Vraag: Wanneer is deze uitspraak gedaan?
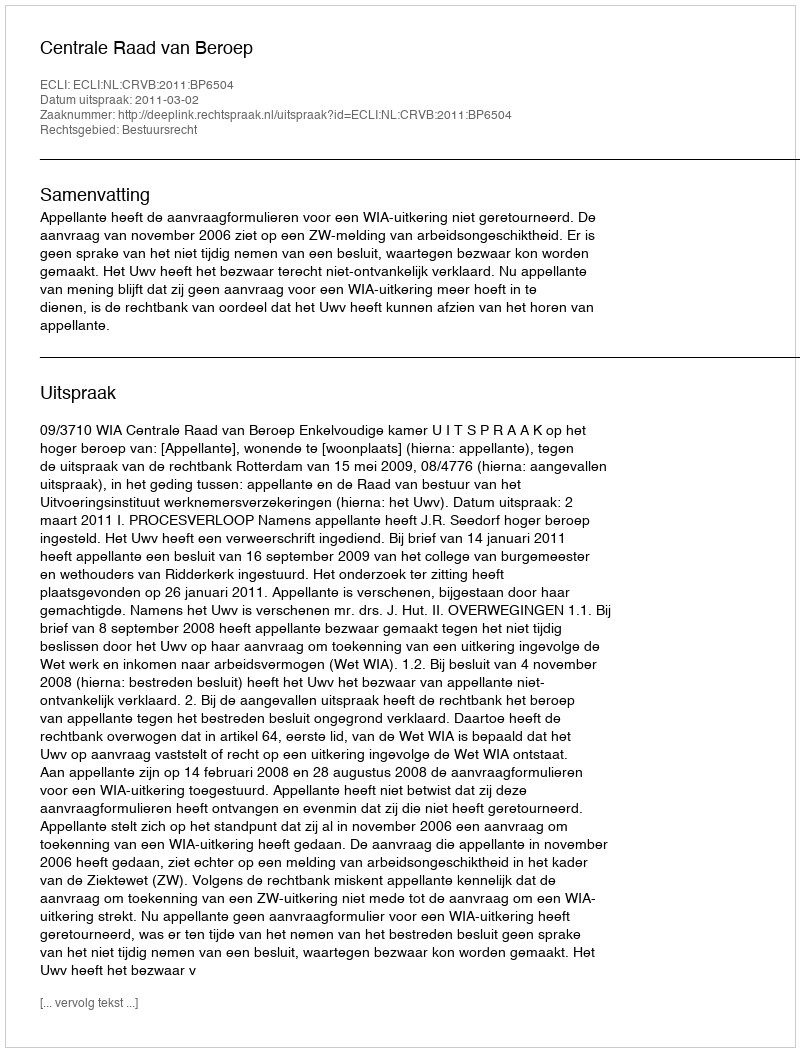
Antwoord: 2011-03-02